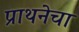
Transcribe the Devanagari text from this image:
प्राथनेचा